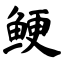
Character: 鲠